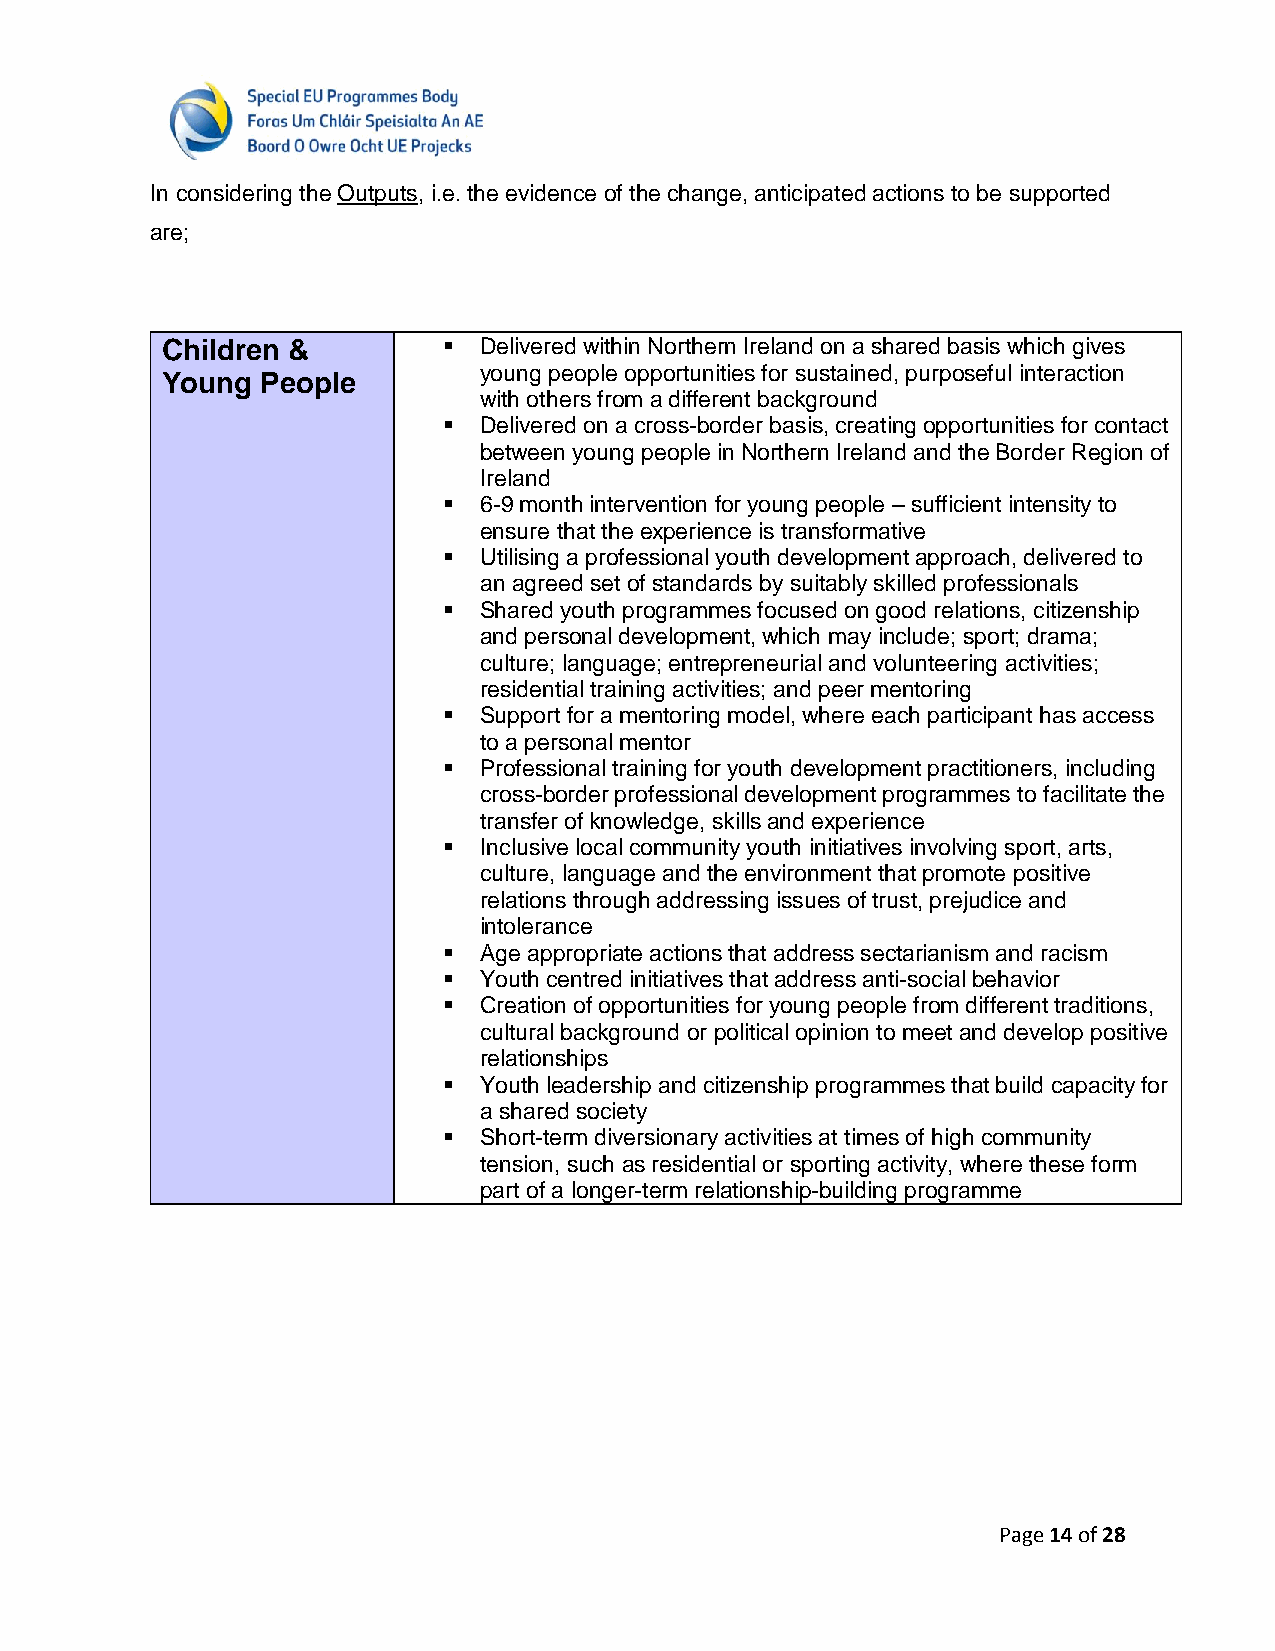
In considering the Outputs, i.e. the evidence of the change, anticipated actions to be supported
 are;
 Children &          Delivered within Northern Ireland on a shared basis which gives
 young people opportunities for sustained, purposeful interaction
 Young People
 with others from a different background
   Delivered on a cross-border basis, creating opportunities for contact
 between young people in Northern Ireland and the Border Region of
 Ireland
   6-9 month intervention for young people – sufficient intensity to
 ensure that the experience is transformative
   Utilising a professional youth development approach, delivered to
 an agreed set of standards by suitably skilled professionals
   Shared youth programmes focused on good relations, citizenship
 and personal development, which may include; sport; drama;
 culture; language; entrepreneurial and volunteering activities;
 residential training activities; and peer mentoring
   Support for a mentoring model, where each participant has access
 to a personal mentor
   Professional training for youth development practitioners, including
 cross-border professional development programmes to facilitate the
 transfer of knowledge, skills and experience
   Inclusive local community youth initiatives involving sport, arts,
 culture, language and the environment that promote positive
 relations through addressing issues of trust, prejudice and
 intolerance
   Age appropriate actions that address sectarianism and racism
   Youth centred initiatives that address anti-social behavior
   Creation of opportunities for young people from different traditions,
 cultural background or political opinion to meet and develop positive
 relationships
   Youth leadership and citizenship programmes that build capacity for
 a shared society
   Short-term diversionary activities at times of high community
 tension, such as residential or sporting activity, where these form
 part of a longer-term relationship-building programme
 Page 14 of 28